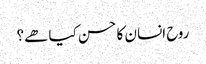
روح انسان کا حسن کیا ھے؟